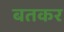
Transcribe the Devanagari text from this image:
बतकर